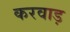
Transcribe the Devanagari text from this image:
करवाड़